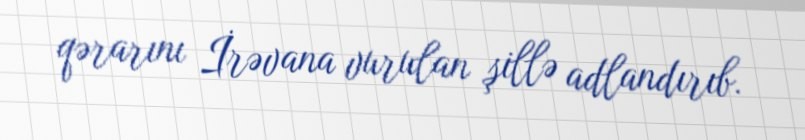
qərarını İrəvana vurulan şillə adlandırıb.